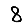
Digit: 8